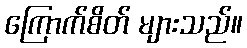
ကြောက်စိတ် များသည်။